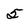
Character: 5